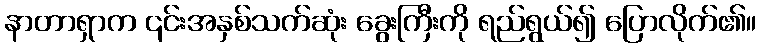
နာတာရှာက ၎င်းအနှစ်သက်ဆုံး ခွေးကြီးကို ရည်ရွယ်၍ ပြောလိုက်၏။